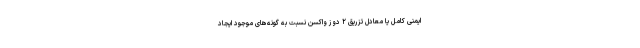
ایمنی کامل یا معادل تزریق ۲ دوز واکسن نسبت به گونه‌های موجود ایجاد